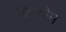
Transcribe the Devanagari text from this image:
किनरेम